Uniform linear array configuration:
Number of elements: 12
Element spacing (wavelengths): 0.75
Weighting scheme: hamming
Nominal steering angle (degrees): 0
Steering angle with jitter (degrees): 1.299
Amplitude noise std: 0.05
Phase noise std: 0.05

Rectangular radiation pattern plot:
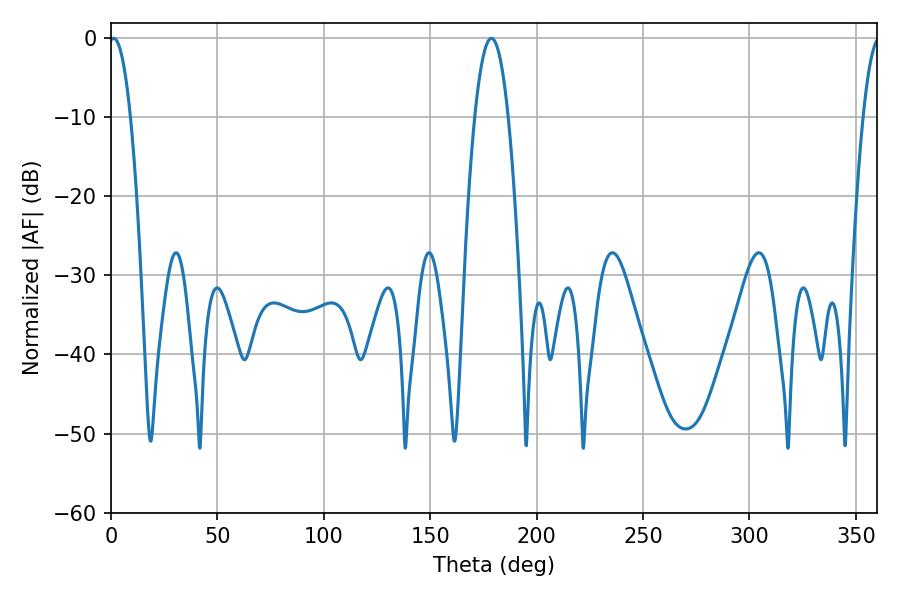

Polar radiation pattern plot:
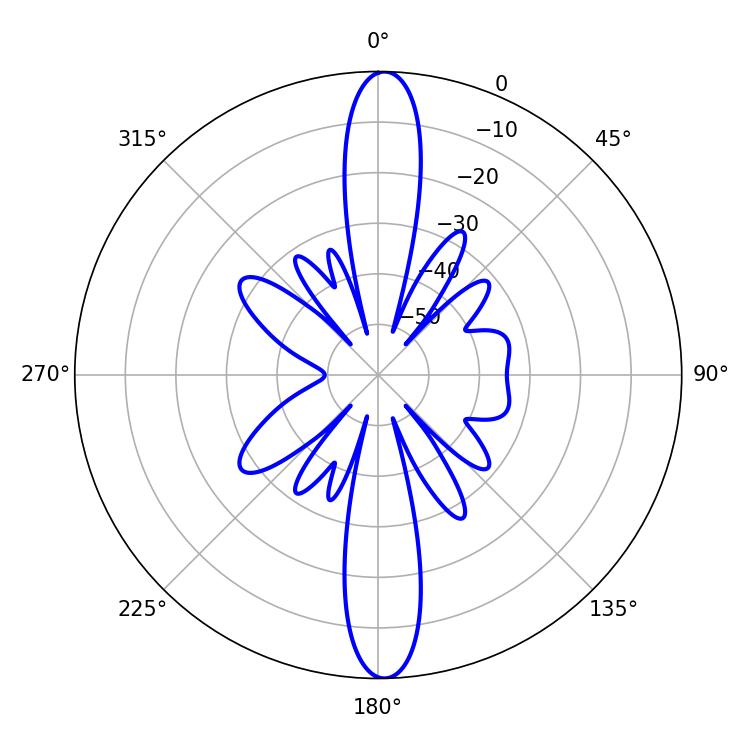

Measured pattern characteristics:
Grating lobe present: TRUE
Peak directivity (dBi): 24.571
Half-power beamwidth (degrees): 5.58
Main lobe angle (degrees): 1.26